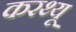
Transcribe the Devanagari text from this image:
करथ्यू